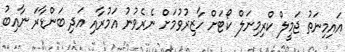
އައިމިނަތު ޖަމީލް ކްރިމިނަލް ކޯޓަށް ހާޒިރުވުމަށް ނެރެވުނު އަމުރާއި އަދި ބަންޑާރަ ނާއިބު